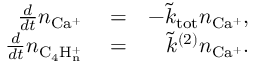
\begin{array} { r l r } { \frac { d } { d t } n _ { \mathrm { C a ^ { + } } } } & { { } = } & { - \tilde { k } _ { \mathrm { t o t } } n _ { \mathrm { C a ^ { + } } } , } \\ { \frac { d } { d t } n _ { \mathrm { C _ { 4 } H _ { n } ^ { + } } } } & { { } = } & { \tilde { k } ^ { ( 2 ) } n _ { \mathrm { C a ^ { + } } } . } \end{array}